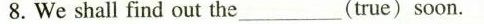
8. We shall find out the____(true) soon.